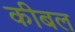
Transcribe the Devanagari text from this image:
कीबल